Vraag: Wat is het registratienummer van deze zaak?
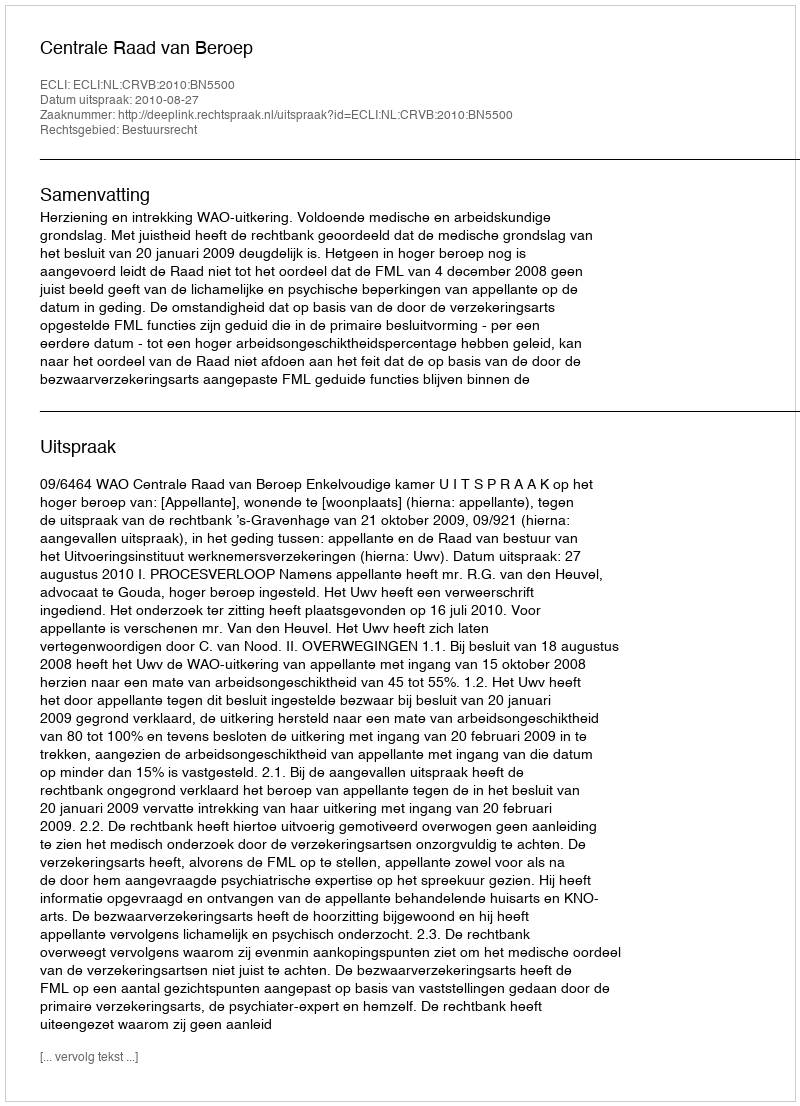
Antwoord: http://deeplink.rechtspraak.nl/uitspraak?id=ECLI:NL:CRVB:2010:BN5500